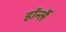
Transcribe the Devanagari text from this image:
हॉर्न्ले